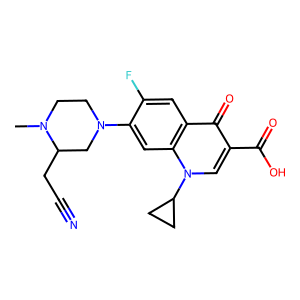
SMILES: CN1CCN(c2cc3c(cc2F)c(=O)c(C(=O)O)cn3C2CC2)CC1CC#N
Inhibits HIV replication: No